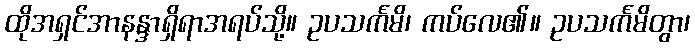
ထိုအရှင်အာနန္ဒာရှိရာအရပ်သို့။ ဥပသင်္ကမိ၊ ကပ်လေ၏။ ဥပသင်္ကမိတွာ၊